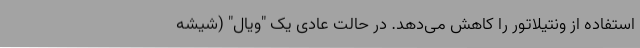
استفاده از ونتیلاتور را کاهش می‌دهد. در حالت عادی یک "ویال" (شیشه